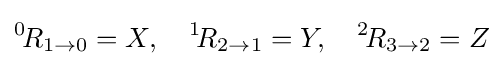
{}^{0}\!R_{1\rightarrow 0}=X,\quad {}^{1}\!R_{2\rightarrow 1}=Y,\quad {}^{2}\!R_{3\rightarrow 2}=Z